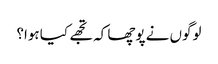
لوگوں نے پوچھا کہ تجھے کیا ہوا؟